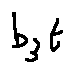
b _ { 3 } t